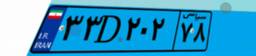
۳۳D۲۰۲۷۸